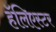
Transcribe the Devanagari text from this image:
हॅलिएस्टर